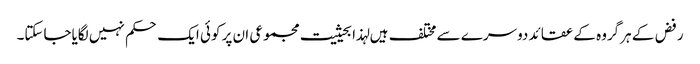
رفض کے ہرگروہ کے عقائد دوسرے سے مختلف ہیں لہذا بحیثیت مجموعی ان پر کوئی ایک حکم نہیں لگایاجاسکتا۔